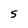
Character: 5